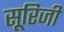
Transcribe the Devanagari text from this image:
सूरिजी